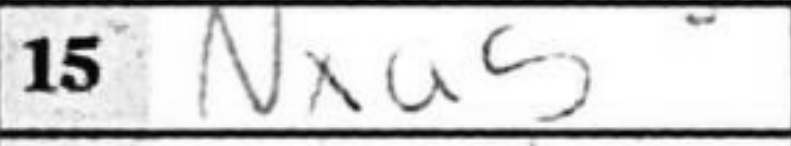
Transcription: Nxa5